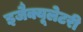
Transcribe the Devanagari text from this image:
इजैक्यूलेटरी